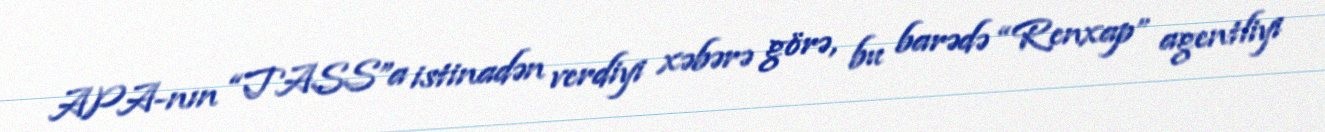
APA-nın “TASS”a istinadən verdiyi xəbərə görə, bu barədə “Renxap” agentliyi